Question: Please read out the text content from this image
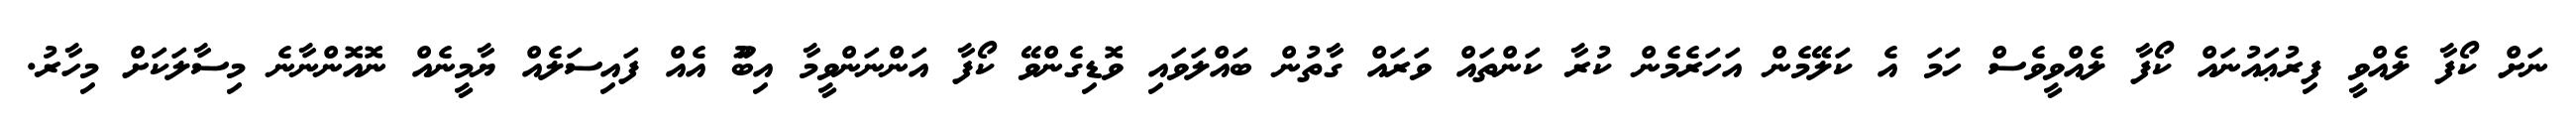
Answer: ނަށް ކޯފާ ލެއްވީ ފިރުޢައުނައް ކޯފާ ލެއްވީވެސް ހަމަ އެ ކަލޭމެން އަހަރެމެން ކުރާ ކަންތައް ވަރައް ގާތުން ބައްލަވައި ވޮޑިގެންވޭ ކޯފާ އަންނަންވީމާ އިބޫު އެއް ފައިސަލެއް ޔާމީނެއް ނޮއޮންނާނެ މިސާލަކަށް މިހާރު.